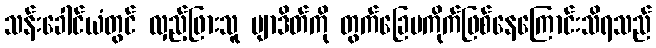
သန်းခေါင်ယံတွင် လှည့်ဖြားသူ ဗျာဒိတ်ကို တွက်ခြေမကိုက်ဖြစ်နေကြောင်းသိရသည်